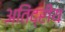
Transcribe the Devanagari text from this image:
अतिंद्रीय